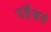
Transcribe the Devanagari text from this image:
महैश्वर्य